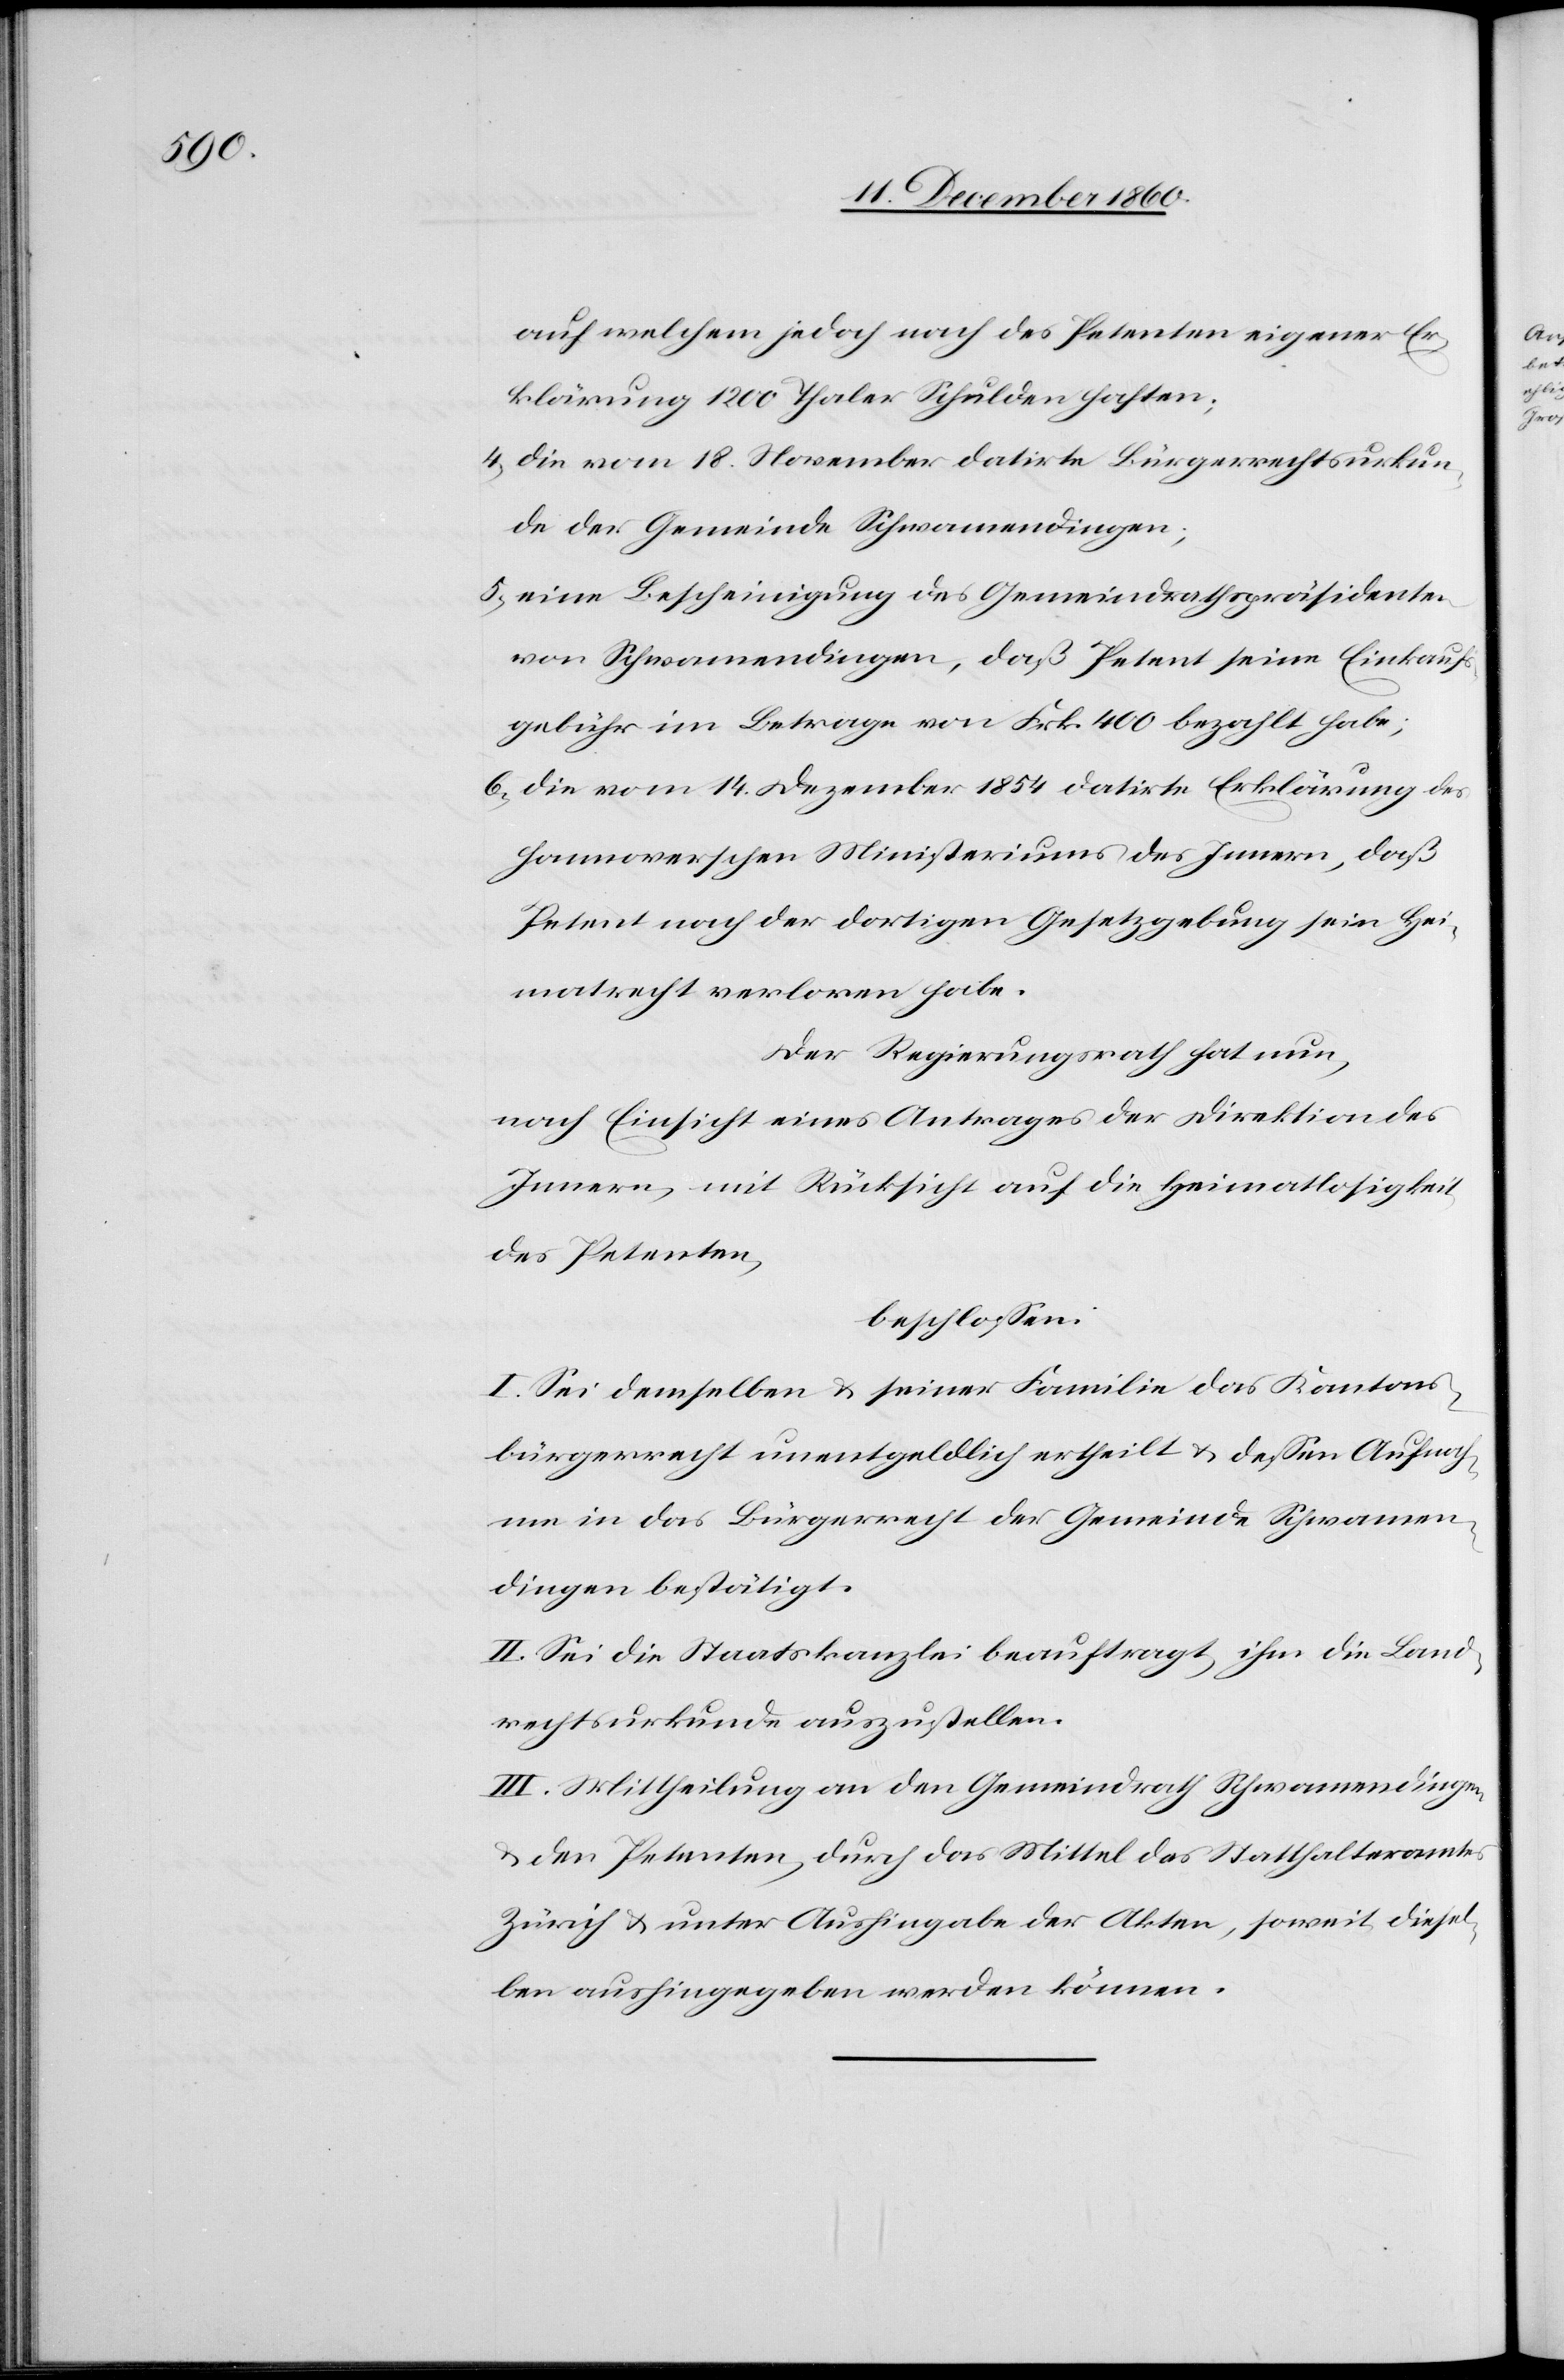
auf welchem jedoch noch des Petenten eigener Er¬
klärung 1200 Thaler Schulden haften;
4) die vom 18. November datirte Bürgerrechtsurkun¬
de der Gemeinde Schwamendingen;
5) eine Bescheinigung des Gemeindrathspräsidenten
von Schwamendingen, daß Petent seine Einkaufs¬
gebühr im Betrage von Frk. 400 bezahlt habe;
6) die vom 14. Dezember 1854 datirte Erklärung des
hannoverschen Ministeriums des Innern, daß
Petent nach der dortigen Gesetzgebung sein Hei¬
matrecht verloren habe.
Der Regierungsrath hat nun,
nach Einsicht eines Antrages der Direktion des
Innern, mit Rücksicht auf die Heimatlosigkeit
des Petenten,
beschlossen:
I. Sei demselben u. seiner Familie das Kantons¬
bürgerrecht unentgeldlich ertheilt u. dessen Aufnah¬
me in das Bürgerrecht der Gemeinde Schwamen¬
dingen bestätigt.
II. Sei die Staatskanzlei beauftragt, ihm die Land¬
rechtsurkunde auszustellen.
III. Mittheilung an den Gemeindrath Schwamendingen
u. den Petenten, durch das Mittel des Statthalteramtes
Zürich u. unter Aushingabe der Akten, soweit diesel¬
ben aushingegeben werden können.